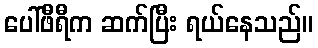
ပေါ်ဖီရီက ဆက်ပြီး ရယ်နေသည်။